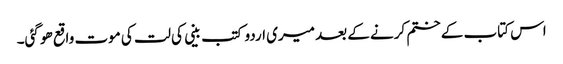
اس کتاب کے ختم کرنے کے بعد میری اردو کتب بینی کی لت کی موت واقع ھو گئی۔